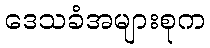
ဒေသခံအများစုက